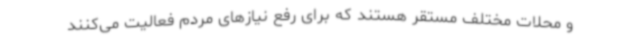
و محلات مختلف مستقر هستند که برای رفع نیازهای مردم فعالیت می‌کنند